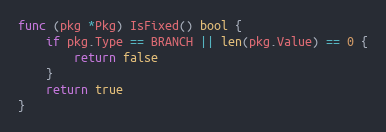
Language: Go
func (pkg *Pkg) IsFixed() bool {
	if pkg.Type == BRANCH || len(pkg.Value) == 0 {
		return false
	}
	return true
}